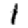
Digit: 1